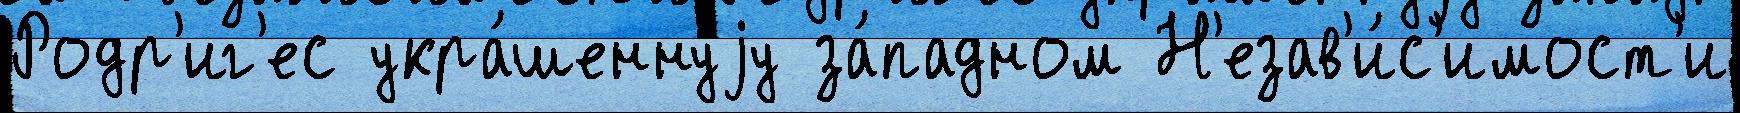
Родр'иг'ес укра́шеннуjу за́падном Н'езав'и́с'имост'и